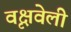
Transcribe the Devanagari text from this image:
वृक्षवेली